Annual vaccination report of Bihar and Orissa - 1911-1928
Year: 1911
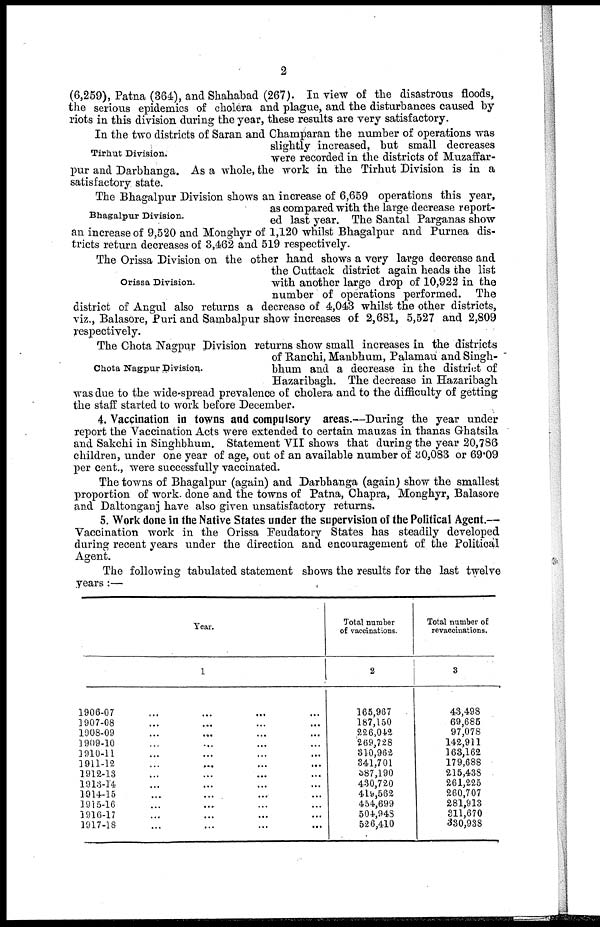
2
(6,259), Patna (364), and Shahabad (267). In view of the disastrous floods,
the serious epidemics of cholera and plague, and the disturbances caused by
riots in this division during the year, these results are very satisfactory.
Tirhut Division.
In the two districts of Saran and Champaran the number of operations was
slightly increased, but small decreases
were recorded in the districts of Muzaffar-
pur and Darbhanga. As a whole, the work in the Tirhut Division is in a
satisfactory state.
Bhagalpur Division.
The Bhagalpur Division shows an increase of 6,659 operations this year,
as compared with the large decrease report-
ed last year. The Santal Parganas show
an increase of 9,520 and Monghyr of 1,120 whilst Bhagalpur and Purnea dis-
tricts return decreases of 3,462 and 519 respectively.
Orissa Division.
The Orissa Division on the other hand shows a very large decrease and
the Cuttack district again heads the list
with another large drop of 10,922 in the
number of operations performed. The
district of Angul also returns a decrease of 4,043 whilst the other districts,
viz., Balasore, Puri and Sambalpur show increases of 2,681, 5,527 and 2,809
respectively.
Chota Nagpur Division.
The Chota Nagpur Division returns show small increases in the districts
of Ranchi, Manbhum, Palamau and Singh-
bhum and a decrease in the district of
Hazaribagh. The decrease in Hazaribagh
was due to the wide-spread prevalence of cholera and to the difficulty of getting
the staff started to work before December.
4. Vaccination in towns and compulsory areas.—During the year under
report the Vaccination Acts were extended to certain mauzas in thanas Ghatsila
and Sakchi in Singhbhum. Statement VII shows that during the year 20,786
children, under one year of age, out of an available number of 30,083 or 69.09
per cent., were successfully vaccinated.
The towns of Bhagalpur (again) and Darbhanga (again) show the smallest
proportion of work, done and the towns of Patna, Chapra, Monghyr, Balasore
and Daltonganj have also given unsatisfactory returns.
5. Work done in the Native States under the supervision of the Political Agent.—
Vaccination work in the Orissa Feudatory States has steadily developed
during recent years under the direction and encouragement of the Political
Agent.
The following tabulated statement shows the results for the last twelve
years:—
Year.
1
1906-07
1907-08
1908-09... ... ...
1909-10... ... ...
1910-11... ... ...
1911-12... ... ...
1912-13... ... ...
1913-14... ... ...
1914-15... ... ...
1915-16... ... ...
1916-17... ... ...
1917-18... ... ...
Total number
of vaccinations.
2
165,967
187,150
226,042
269,728
310,962
341,701
587,190
430,720
419,562
454,699
504,948
526,410
Total number of
revaccinations.
3
43,498
69,685
97,078
142,911
163,162
179,688
215,438
261,225
260,707
281,913
311,670
330,938